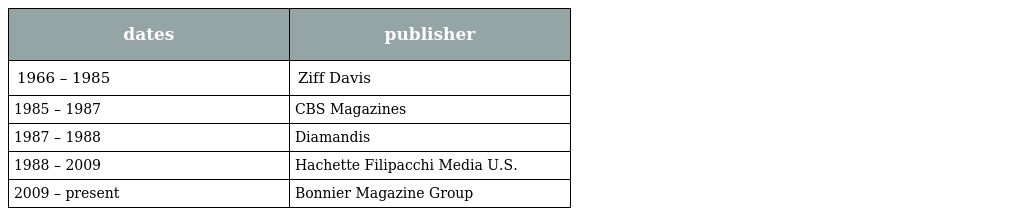
| dates | publisher |
 | --- | --- |
 | 1966 – 1985 | Ziff Davis |
 | 1985 – 1987 | CBS Magazines |
 | 1987 – 1988 | Diamandis |
 | 1988 – 2009 | Hachette Filipacchi Media U.S. |
 | 2009 – present | Bonnier Magazine Group |